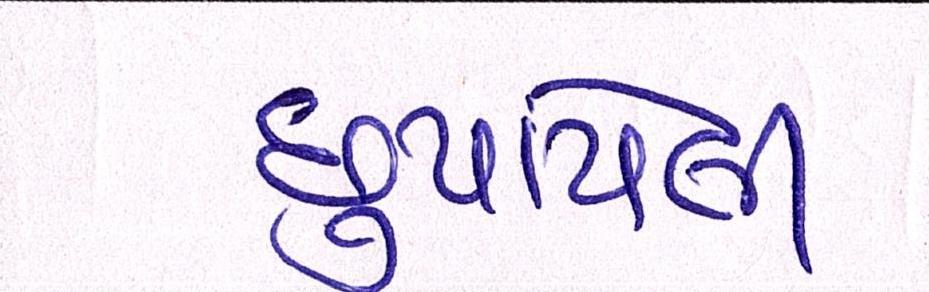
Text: છુપાયેલી